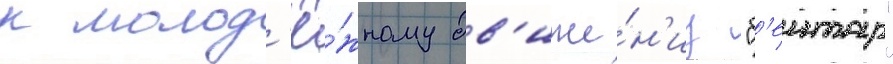
к молод'ё́жному дв'иже́н'иу "б'еитар"